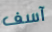
آسف